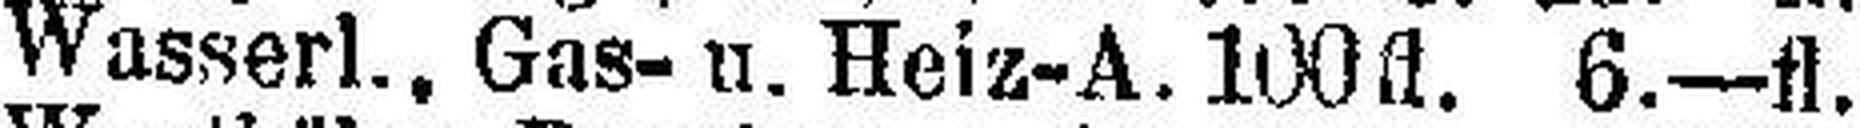
Wasserl., Gas- u. Heiz-A. 100fl. 6.—fl.